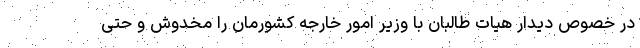
در خصوص دیدار هیات طالبان با وزیر امور خارجه کشورمان را مخدوش و حتی